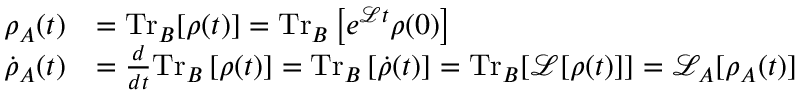
\begin{array} { r l } { \rho _ { A } ( t ) } & { = \mathrm { T r } _ { B } [ \rho ( t ) ] = \mathrm { T r } _ { B } \left[ e ^ { \mathcal { L } t } \rho ( 0 ) \right] } \\ { \dot { \rho } _ { A } ( t ) } & { = \frac { d } { d t } \mathrm { T r } _ { B } \left[ \rho ( t ) \right] = \mathrm { T r } _ { B } \left[ \dot { \rho } ( t ) \right] = \mathrm { T r } _ { B } [ \mathcal { L } [ \rho ( t ) ] ] = \mathcal { L } _ { A } [ \rho _ { A } ( t ) ] } \end{array}